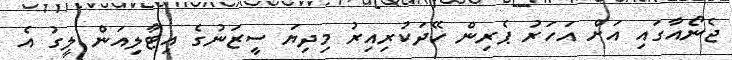
ޖެނޯއާގައި އަށް އަހަރު ޕެރިން ހޭދަކުރިއިރު މިދިޔަ ސީޒަނުގެ އިޓާލިއަން ލީގު އެ